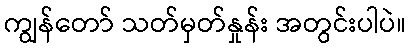
ကျွန်တော် သတ်မှတ်နှုန်း အတွင်းပါပဲ။